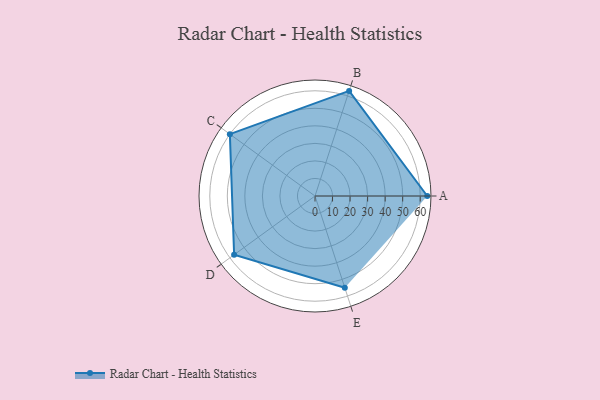
{"axis": {"x": "Skill", "y": "Score"}, "legend": ["Profile"], "data": [{"x": "A", "y": 64.0, "type": "Profile"}, {"x": "B", "y": 63.0, "type": "Profile"}, {"x": "C", "y": 60.0, "type": "Profile"}, {"x": "D", "y": 57.0, "type": "Profile"}, {"x": "E", "y": 55.0, "type": "Profile"}]}